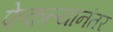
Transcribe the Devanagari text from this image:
फेकल्यानंतर